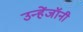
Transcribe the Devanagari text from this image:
उन्हेंजॉनी